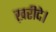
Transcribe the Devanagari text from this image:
ख़रीदे।